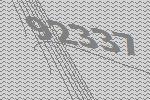
92337